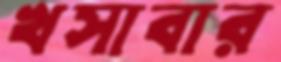
খসাবার